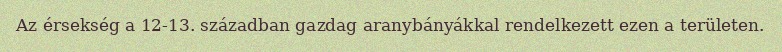
Az érsekség a 12-13. században gazdag aranybányákkal rendelkezett ezen a területen.